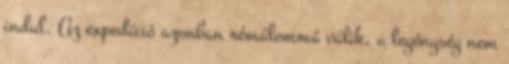
indul. Az expedíció azonban rémálommá válik, a legénység nem